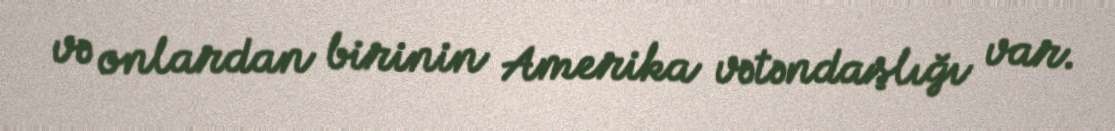
və onlardan birinin Amerika vətəndaşlığı var.